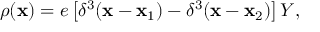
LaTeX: \rho ( { \bf x } ) = e \left[ \delta ^ { 3 } ( { \bf x } - { \bf x _ { \mathrm { 1 } } } ) - \delta ^ { 3 } ( { \bf x } - { \bf x _ { \mathrm { 2 } } } ) \right] Y ,